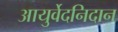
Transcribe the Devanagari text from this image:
आयुर्वेदनिदान